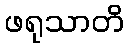
ဖရုသာတိ